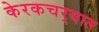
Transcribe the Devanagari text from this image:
केरकचर्‍यात